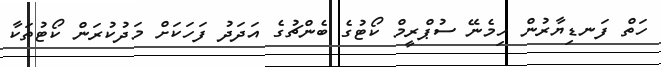
ހަތް ފަނޑިޔާރުން ހިމެނޭ ސުޕްރީމް ކޯޓުގެ ބެންޗުގެ އަދަދު ފަހަކަށް މަދުކުރަން ކޯޓުތަކާ